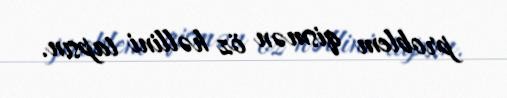
problem qismən öz həllini tapsın.